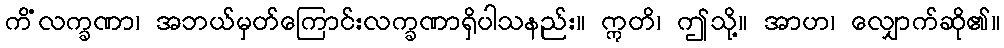
ကိံလက္ခဏာ၊ အဘယ်မှတ်ကြောင်းလက္ခဏာရှိပါသနည်း။ ဣတိ၊ ဤသို့။ အာဟ၊ လျှောက်ဆို၏။